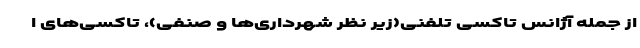
از جمله آژانس تاکسی تلفنی(زیر نظر شهرداری‌ها و صنفی)، تاکسی‌های ا